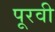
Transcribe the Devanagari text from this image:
पूरवी